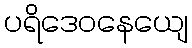
ပရိဒေဝနေယျေ